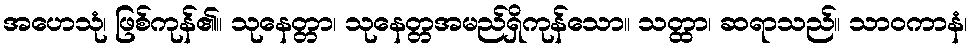
အဟေသုံ၊ ဖြစ်ကုန်၏။ သုနေတ္တာ၊ သုနေတ္တအမည်ရှိကုန်သော။ သတ္ထာ၊ ဆရာသည်။ သာဝကာနံ၊